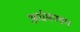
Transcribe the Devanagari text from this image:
अर्धमण्डप